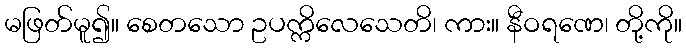
မဖြတ်မူ၍။ စေတသော ဥပက္ကိလေသေတိ၊ ကား။ နီဝရဏေ၊ တို့ကို။